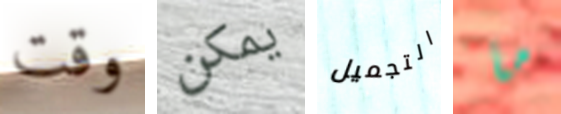
وقت يمكن التجميل ما